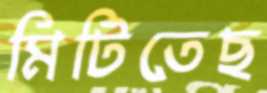
মিটিতেছ